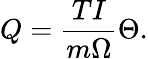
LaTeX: Q=\frac{TI}{m\Omega}\Theta.